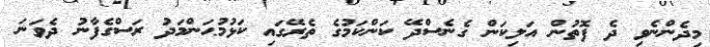
މިދެންނެވި ދެ ފޮތުން އަލިކަން ގެނެސްދޭ ކަންކަމުގެ ތެރޭގައި ކަޅުމުޙަންމަދު ރަސްގެފާނު ދެވަނަ